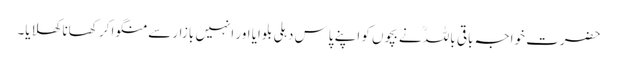
حضرت خواجہ باقی باللہؒ نے بچوں کو اپنے پاس دہلی بلوایا اور انہیں بازار سے منگوا کر کھانا کھلایا۔